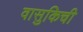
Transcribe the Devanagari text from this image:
वासुकिची